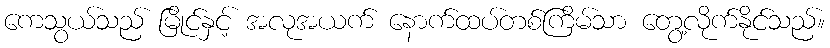
ကေသွယ်သည် မြိုင်နှင့် အလုအယက် နောက်ထပ်တစ်ကြိမ်သာ တွေ့လိုက်နိုင်သည်။